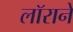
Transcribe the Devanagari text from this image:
लॉराने